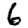
Digit: 6